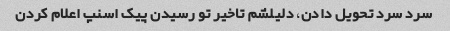
سرد سرد تحویل دادن، دلیلشم تاخیر تو رسیدن پیک اسنپ اعلام کردن